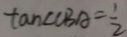
\tan \angle C B A = \frac { 1 } { 2 }